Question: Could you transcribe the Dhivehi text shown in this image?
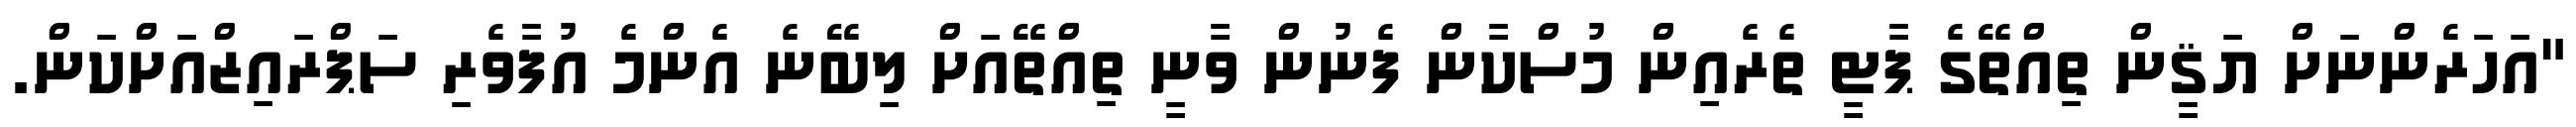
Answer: "އަހަރެންނަށް ޔަޤީން ތިއްތޭގެ ޕާޓީ ތެރެއިން މުސްކާން ފެނުން ވާނީ ތިއްތޭއަށް ލިބޭނެ އެންމެ އުފާވެރި ސަޕްރައިޒްއަށްކަން.